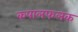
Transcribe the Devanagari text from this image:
कपालफलक